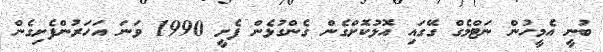
ބުނީ އެމީހުން ނަޓްމެގް ގޭގައި އޮޅުކޮށްގެން ގެންގުޅެން ފެށީ 1990 ވަނަ އަހަރުންފެށިގެން